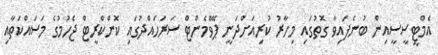
އެމްޓީސީސީއިން ބުނެފައިވާ ގޮތުގައި މިހާރު ކުރިއަށްދަނީ ޕޭވްމެންޓް ސަރަހައްދުގައި ކޮންކްރީޓް ޖެހުމުގެ މަސައްކަތާއި